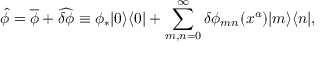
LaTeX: \widehat { \phi } = \overline { { { \phi } } } + \widehat { \delta \phi } \equiv \phi _ { * } | 0 \rangle \langle 0 | + \sum _ { m , n = 0 } ^ { \infty } \delta \phi _ { m n } ( x ^ { a } ) | m \rangle \langle n | ,